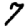
Digit: 7